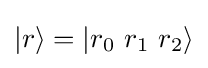
|r\rangle =|r_{0}\ r_{1}\ r_{2}\rangle